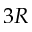
3 R